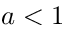
a < 1